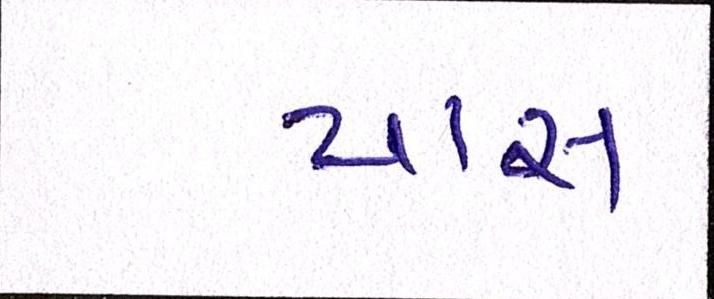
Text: પાસ